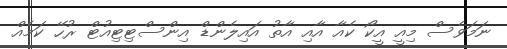
ނަމަވެސް މިއީ އީކޯ ކެއާ އާއި އާތު އައިލެންޑް އިންސްޓިޓިއުޓް ރުހޭ ކަމެއް